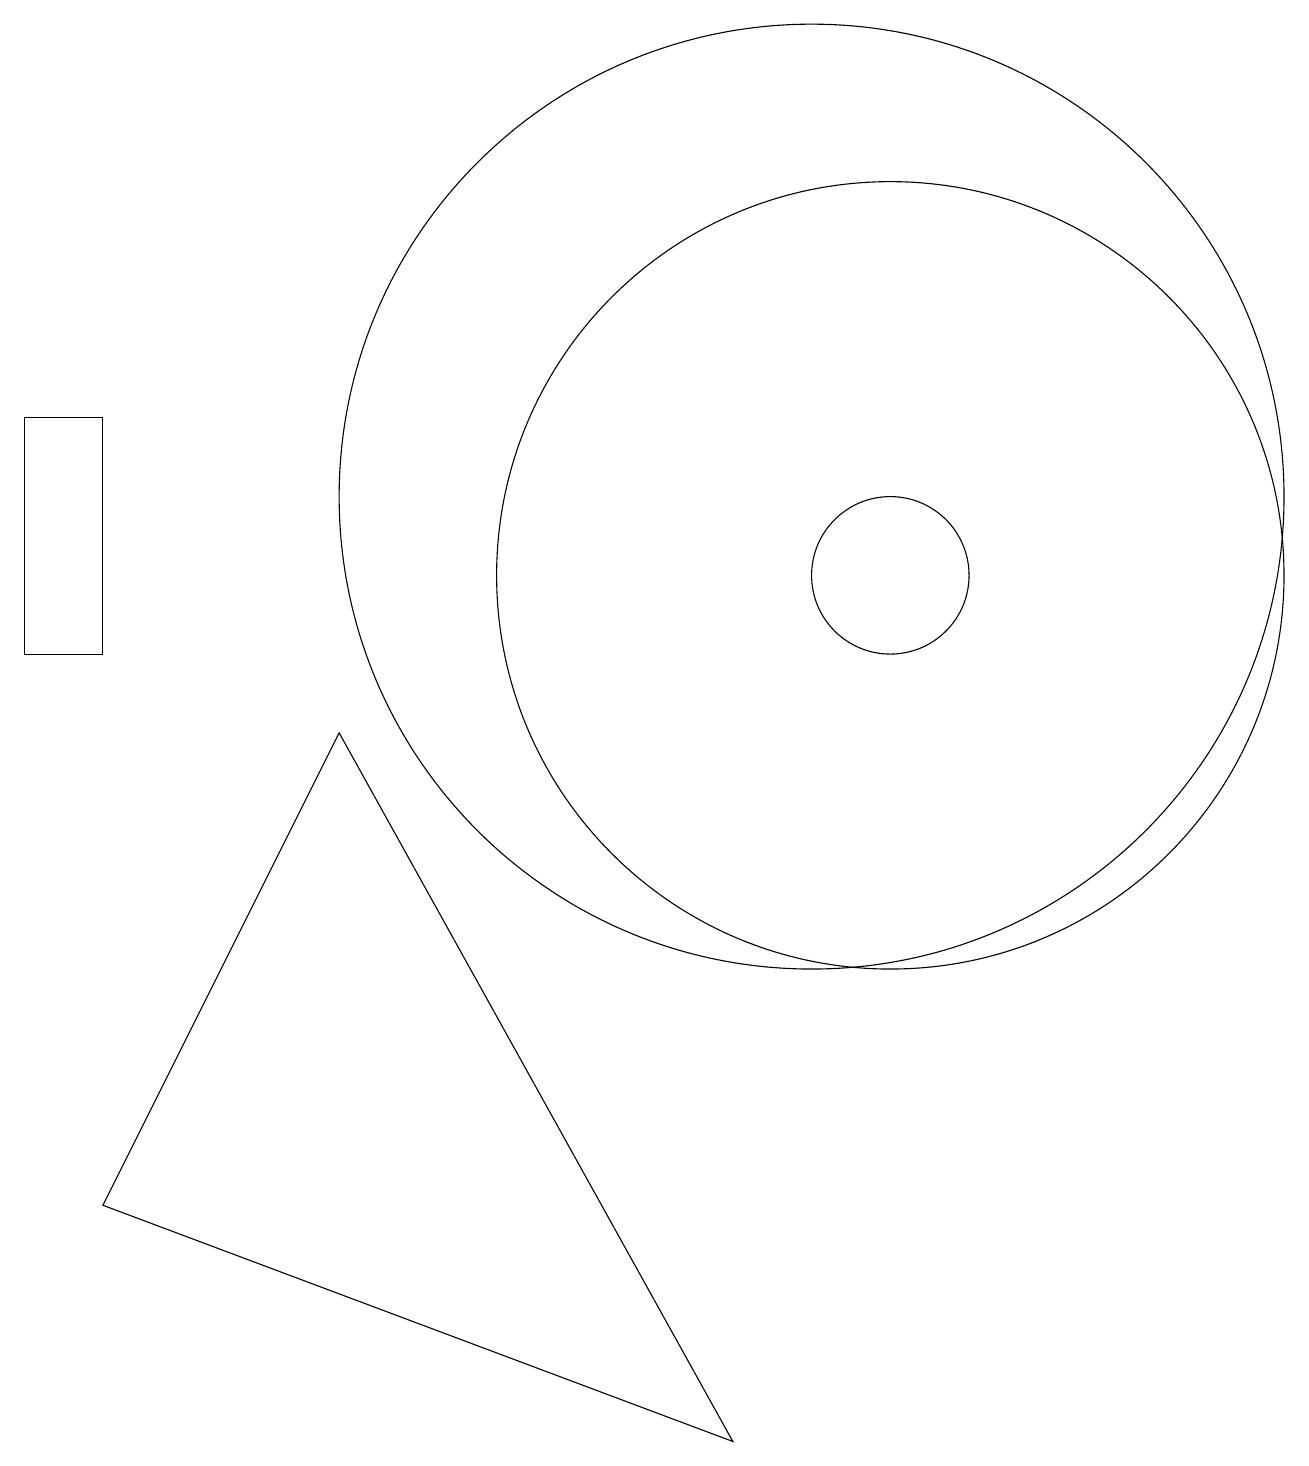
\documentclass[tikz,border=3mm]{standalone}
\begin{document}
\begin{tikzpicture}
\draw (1,3) -- (9,0) -- (4,9) -- cycle;
\draw (1,13) rectangle (0,10);
\draw (11,11) circle (5);
\draw (10,12) circle (6);
\draw (11,11) circle (1);
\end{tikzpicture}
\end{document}